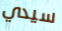
سيدي